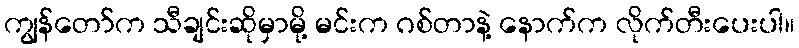
ကျွန်တော်က သီချင်းဆိုမှာမို့ မင်းက ဂစ်တာနဲ့ နောက်က လိုက်တီးပေးပါ။